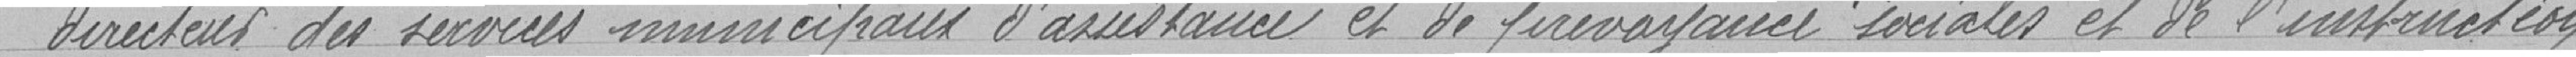
" directeur des services municipaux d'assistance et de prévoyance sociale et de l'instruction